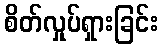
စိတ်လှုပ်ရှားခြင်း